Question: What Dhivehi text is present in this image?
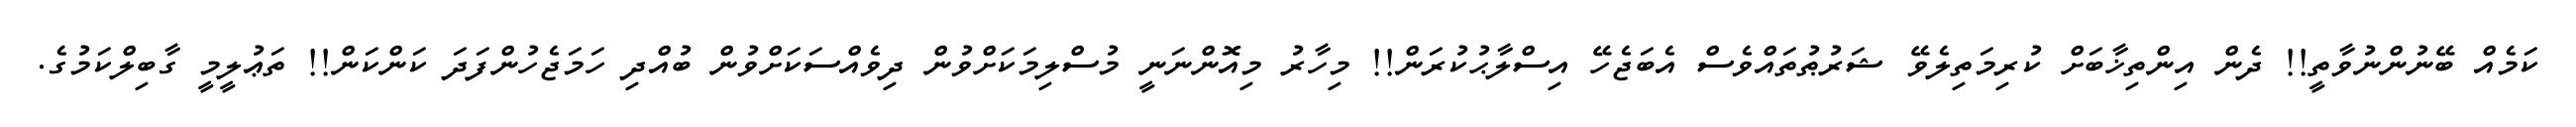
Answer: ކަމެއް ބޭނުންނުވާތީ!! ދެން އިންތިޚާބަށް ކުރިމަތިލެވޭ ޝަރުޠުތައްވެސް އެބަޖެހޭ އިސްލާޙުކުރަން!! މިހާރު މިއޮންނަނީ މުސްލިމަކަށްވުން ދިވެއްސަކަށްވުން ބުއްދި ހަމަޖެހުންފަދަ ކަންކަން!! ތަޢުލީމީ ގާބިލްކަމުގެ.